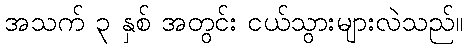
အသက် ၃ နှစ် အတွင်း ငယ်သွားများလဲသည်။